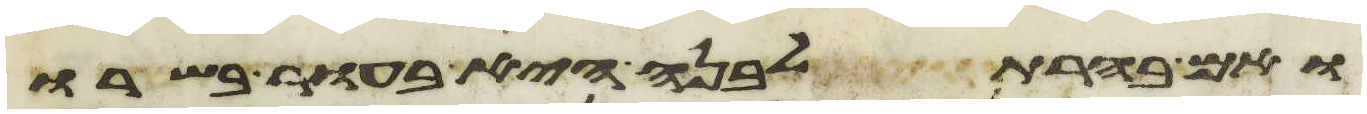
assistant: ואם בהרת לבנה היא בעור בשרו